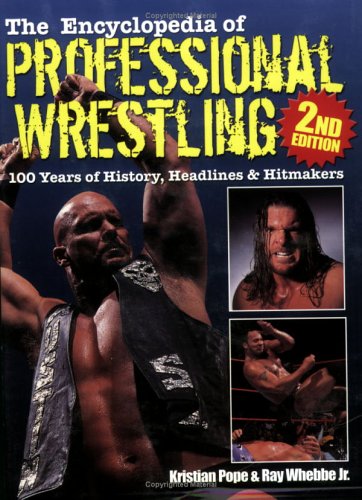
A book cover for The Encyclopedia of Professional Wrestling: 100 Years of History, Headlines & Hitmakers; Kristian Pope; Crafts, Hobbies & Home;